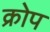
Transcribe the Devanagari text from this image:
क्रोप